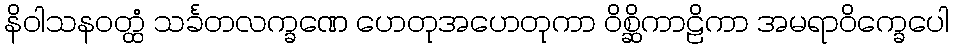
နိဝါသနဝတ္ထံ သင်္ခတလက္ခဏေ ဟေတုအဟေတုကာ ဝိစ္ဆိကာဠိကာ အမရာဝိက္ခေပေါ